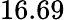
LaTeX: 16.69